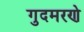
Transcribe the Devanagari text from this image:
गुदमरणे